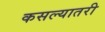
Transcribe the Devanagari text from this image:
कसल्यातरी